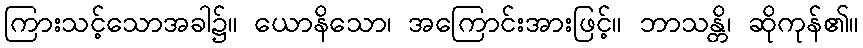
ကြားသင့်သောအခါ၌။ ယောနိသော၊ အကြောင်းအားဖြင့်။ ဘာသန္တိ၊ ဆိုကုန်၏။